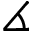
\measuredangle